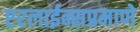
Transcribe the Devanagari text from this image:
एरलाईन्सप्रमाणे